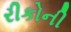
રીકોની